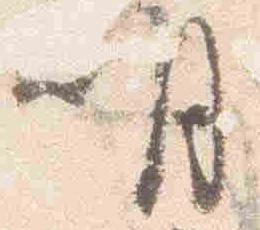
明